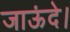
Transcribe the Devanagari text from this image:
जाऊंदे।